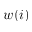
w ( i )